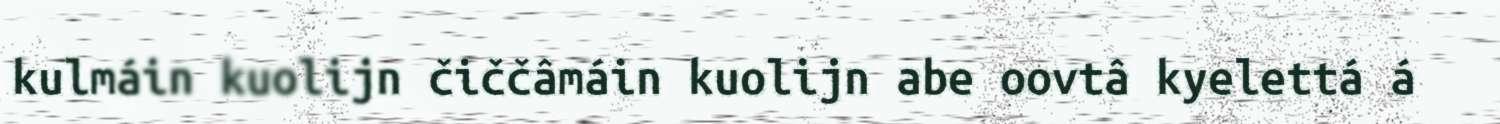
kulmáin kuolijn čiččâmáin kuolijn abe oovtâ kyelettá á